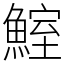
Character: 鰘